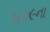
૧૮૨૯ના